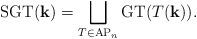
LaTeX: \begin{align*}\textrm{SGT}(\mathbf{k})=\bigsqcup_{T \in \textrm{AP}_n} \textrm{GT}(T(\mathbf{k})).\end{align*}